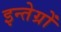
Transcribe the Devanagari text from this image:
इन्तेग्रों